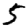
Digit: 5